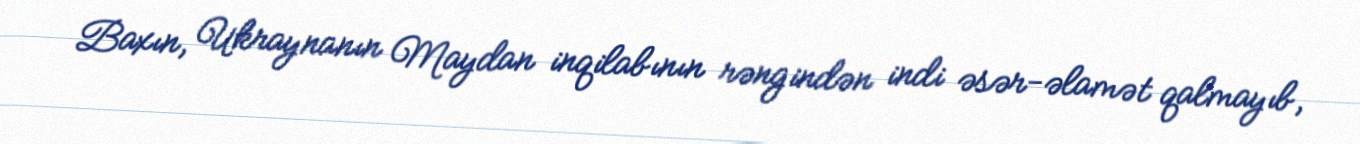
Baxın, Ukraynanın Maydan inqilabının rəngindən indi əsər-əlamət qalmayıb,